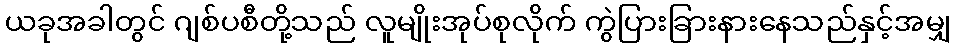
ယခုအခါတွင် ဂျစ်ပစီတို့သည် လူမျိုးအုပ်စုလိုက် ကွဲပြားခြားနားနေသည်နှင့်အမျှ